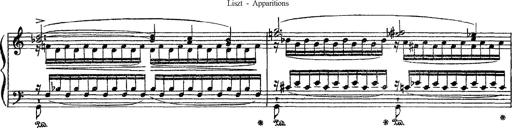
Title: Apparitions
Composer: Franz Liszt